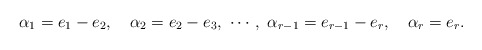
\begin{align*}\alpha_1=e_1-e_2,\quad \alpha_2=e_2-e_3,\ \cdots,\ \alpha_{r-1}=e_{r-1}-e_r,\quad \alpha_r=e_r. \end{align*}